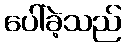
ပေါ်ခဲ့သည်